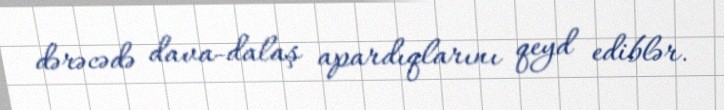
dərəcədə dava-dalaş apardıqlarını qeyd ediblər.